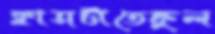
ক্লাসটাতেকুল